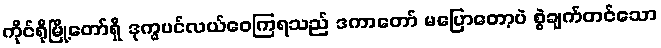
ကိုင်ရိုမြို့တော်ရှိ ဒုက္ခပင်လယ်ဝေကြရသည် ဒကာတော် မပြောတော့ပဲ စွဲချက်တင်သော